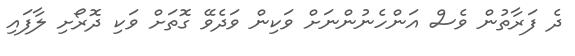
ދެ ފަރާތުން ވެސް އަންހެނުންނަށް ވަކިން ވަދެވޭ ގޮތަށް ވަކި ދޮރޯށި ލާފައި